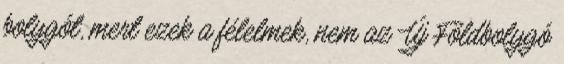
bolygót, mert ezek a félelmek, nem az Új Földbolygó